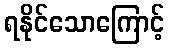
ရနိုင်သောကြောင့်